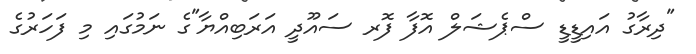
"ދިރާގު އައިޑީޑީ ސްޕެޝަލް އޮފާ ފޮރ ސައޫދީ އަރަބިއްޔާ"ގެ ނަމުގައި މި ފަހަރުގެ